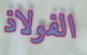
الفولاذ